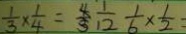
\frac { 1 } { 3 } \times \frac { 1 } { 4 } = \frac { 4 } { 3 } \frac { 1 } { 1 2 } \frac { 1 } { 6 } \times \frac { 1 } { 2 } =